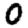
Digit: 0